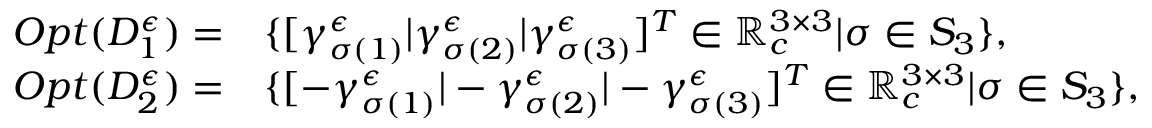
\begin{array} { r l } { O p t ( D _ { 1 } ^ { \epsilon } ) = } & { \{ [ \gamma _ { \sigma ( 1 ) } ^ { \epsilon } | \gamma _ { \sigma ( 2 ) } ^ { \epsilon } | \gamma _ { \sigma ( 3 ) } ^ { \epsilon } ] ^ { T } \in \mathbb { R } _ { c } ^ { 3 \times 3 } | \sigma \in S _ { 3 } \} , } \\ { O p t ( D _ { 2 } ^ { \epsilon } ) = } & { \{ [ - \gamma _ { \sigma ( 1 ) } ^ { \epsilon } | - \gamma _ { \sigma ( 2 ) } ^ { \epsilon } | - \gamma _ { \sigma ( 3 ) } ^ { \epsilon } ] ^ { T } \in \mathbb { R } _ { c } ^ { 3 \times 3 } | \sigma \in S _ { 3 } \} , } \end{array}